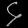
Digit: ၄